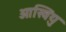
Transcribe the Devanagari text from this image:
ओस्वियु